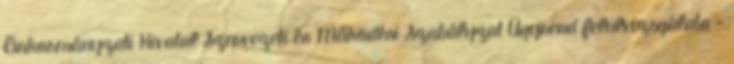
Önkormányzati Hivatal Szervezeti és Működési Szabályzat Ügyrend felülvizsgálata -